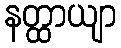
နတ္ထာယျာ